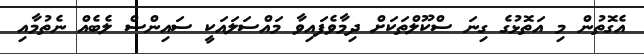
އެގޮތުން މި އަތޮޅުގެ ގިނަ ސްކޫލްތަކަށް ދިމާވެފައިވާ މައްސަލައަކީ ސައިންސް ލެބެއް ނެތުމާއި